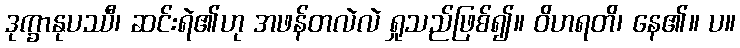
ဒုက္ခာနုပဿီ၊ ဆင်းရဲ၏ဟု အဖန်တလဲလဲ ရှုသည်ဖြစ်၍။ ဝိဟရတိ၊ နေ၏။ ပ။